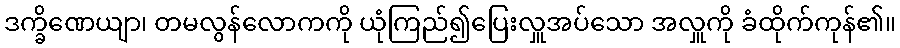
ဒက္ခိဏေယျာ၊ တမလွန်လောကကို ယုံကြည်၍ပြေးလှူအပ်သော အလှူကို ခံထိုက်ကုန်၏။